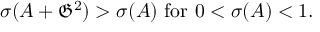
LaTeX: \sigma ( A + { \mathfrak { G } } ^ { 2 } ) > \sigma ( A ) { \mathrm { ~ f o r ~ } } 0 < \sigma ( A ) < 1 .